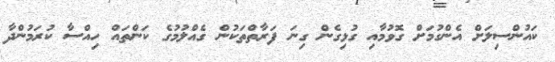
ކައުންސިލަށް އެންގުމަށް ގޮވުމާއި ގުޅިގެން ގިނަ ފަރާތްތަކުން ގެއްލުމުގެ ކަންތައް ހިއްސާ ކުރަމުންދާ